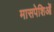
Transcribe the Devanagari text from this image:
मासपेशिओं